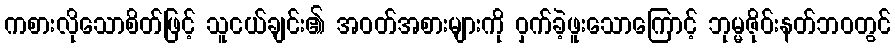
ကစားလိုသောစိတ်ဖြင့် သူငယ်ချင်း၏ အဝတ်အစားများကို ဝှက်ခဲ့ဖူးသောကြောင့် ဘုမ္မဇိုဝ်းနတ်ဘဝတွင်